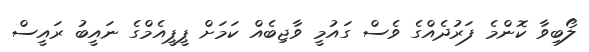
ލޯބިވާ ކޮންމެ ފަރުދެއްގެ ވެސް ގައުމީ ވާޖިބެއް ކަމަށް ޕީޕީއެމްގެ ނައީބު ރައީސް